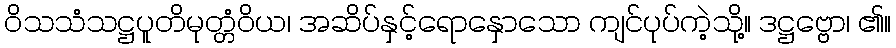
ဝိသသံသဋ္ဌပူတိမုတ္တံဝိယ၊ အဆိပ်နှင့်ရောနှောသော ကျင်ပုပ်ကဲ့သို့။ ဒဋ္ဌဗ္ဗော၊ ၏။